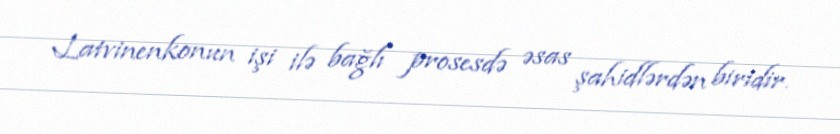
Latvinenkonun işi ilə bağlı prosesdə əsas şahidlərdən biridir.